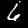
Label: 6